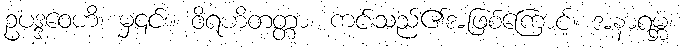
ဥပဒ္ဒဝေဟိ၊ မှ၎င်း။ ဝိရဟိတတ္တာ၊ ကင်းသည်၏အဖြစ်ကြောင့်။ အနာရမ္ဘံ၊